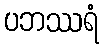
ပဘဿရံ